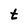
Character: t